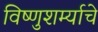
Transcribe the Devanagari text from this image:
विष्णुशर्म्याचे